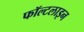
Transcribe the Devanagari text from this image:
फॉल्टलाइन